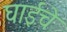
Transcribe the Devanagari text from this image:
घाईचे